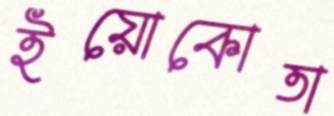
ইয়োকোতা